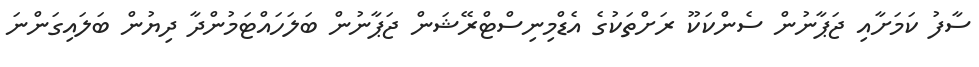
ސާފު ކަމަށާއި ޖަޕާނުން ސެންކަކޫ ރަށްތަކުގެ އެޑްމިނިސްޓްރޭޝަން ޖަޕާނުން ބަލަހައްޓަމުންދާ ދިޔުން ބަލައިގަންނަ